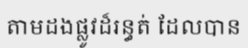
តាមដងផ្លូវដ៏រន្ធត់ ដែលបាន